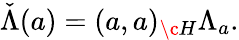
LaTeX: \check{\Lambda}(a)={(a,a)_{\c H}}\Lambda_{a}.